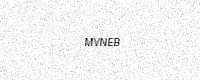
Text: MVNEB